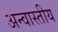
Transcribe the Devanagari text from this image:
अन्वास्तीय